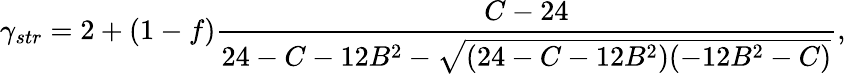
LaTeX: \gamma_{str}=2+(1-f)\frac{C-24}{24-C-12B^{2}-\sqrt{(24-C-12B^{2})(-12B^{2}-C)}},